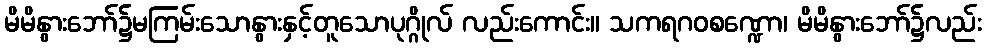
မိမိနွားဘော်၌မကြမ်းသောနွားနှင့်တူသောပုဂ္ဂိုလ် လည်းကောင်း။ သကရဂဝစဏ္ဍော၊ မိမိနွားဘော်၌လည်း